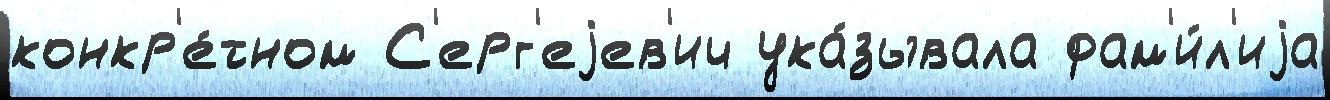
конкр'е́тном С'ерг'еjев'ич ука́зывала фам'и́л'иjа